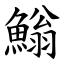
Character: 䱵